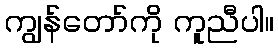
ကျွန်တော်ကို ကူညီပါ။